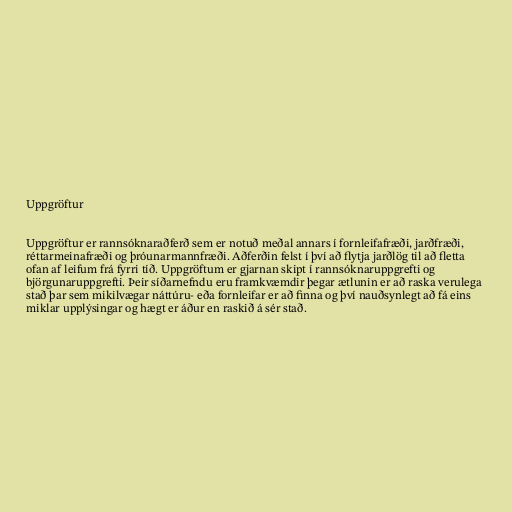
Uppgröftur

Uppgröftur er rannsóknaraðferð sem er notuð meðal annars í fornleifafræði, jarðfræði,
réttarmeinafræði og þróunarmannfræði. Aðferðin felst í því að flytja jarðlög til að fletta
ofan af leifum frá fyrri tíð. Uppgröftum er gjarnan skipt í rannsóknaruppgrefti og
björgunaruppgrefti. Þeir síðarnefndu eru framkvæmdir þegar ætlunin er að raska verulega
stað þar sem mikilvægar náttúru- eða fornleifar er að finna og því nauðsynlegt að fá eins
miklar upplýsingar og hægt er áður en raskið á sér stað.